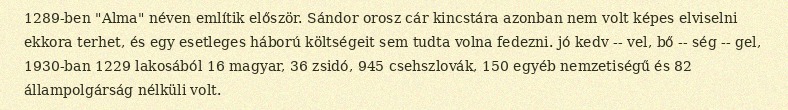
1289-ben "Alma" néven említik először. Sándor orosz cár kincstára azonban nem volt képes elviselni ekkora terhet, és egy esetleges háború költségeit sem tudta volna fedezni. jó kedv -- vel, bő -- ség -- gel, 1930-ban 1229 lakosából 16 magyar, 36 zsidó, 945 csehszlovák, 150 egyéb nemzetiségű és 82 állampolgárság nélküli volt.